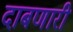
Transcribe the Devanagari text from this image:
दाबणारी